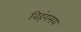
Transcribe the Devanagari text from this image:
विहंगमय